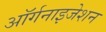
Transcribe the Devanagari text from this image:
अॉर्गनाइजेशन